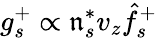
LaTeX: g_{s}^{+}\propto\mathfrak{n}_{s}^{*}v_{z}\hat{{f}}_{s}^{+}